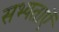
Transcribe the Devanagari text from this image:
सभ्यताऐं